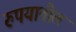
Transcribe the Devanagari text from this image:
रुपयातील